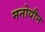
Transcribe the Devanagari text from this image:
मनोयौन